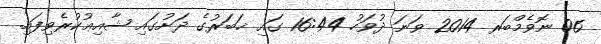
06 ނޮވެމްބަރ 2014 ވަނަ ދުވަހު 16:44 ގައި ޚަބަރުގެ ދަށުގައި ޝާއިޢުކުރެވިފައި.